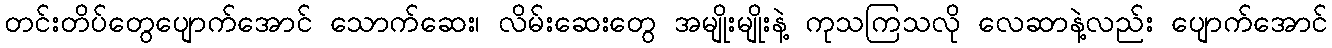
တင်းတိပ်တွေပျောက်အောင် သောက်ဆေး၊ လိမ်းဆေးတွေ အမျိုးမျိုးနဲ့ ကုသကြသလို လေဆာနဲ့လည်း ပျောက်အောင်